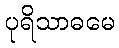
ပုရိသာဓမေ